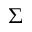
\boldsymbol { \Sigma }